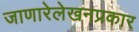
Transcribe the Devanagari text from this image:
जाणारेलेखनप्रकार